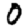
Digit: 0